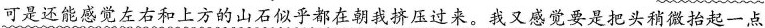
可是还能感觉左右和上方的山石似乎都在朝我挤压过来。\underline{\underline{我又感觉要是把头稍微抬起一点}}